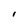
Character: I